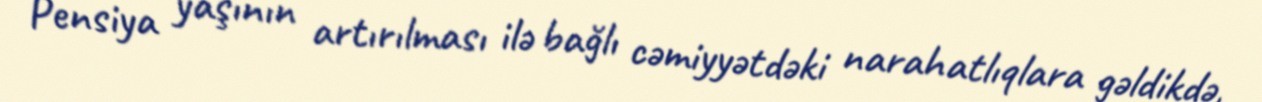
Pensiya yaşının artırılması ilə bağlı cəmiyyətdəki narahatlıqlara gəldikdə,